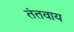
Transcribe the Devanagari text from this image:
तंतवाय